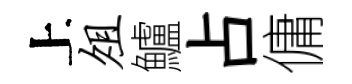
上俎鱸占傭